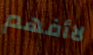
لاأفهم